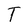
Character: T